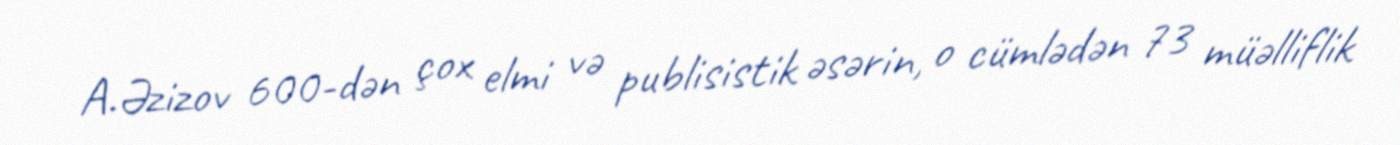
A.Əzizov 600-dən çox elmi və publisistik əsərin, o cümlədən 73 müəlliflik